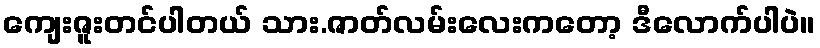
ကျေးဇူးတင်ပါတယ် သား.ဇာတ်လမ်းလေးကတော့ ဒီလောက်ပါပဲ။